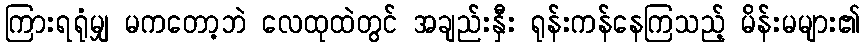
ကြားရရုံမျှ မကတော့ဘဲ လေထုထဲတွင် အချည်းနှီး ရုန်းကန်နေကြသည့် မိန်းမများ၏